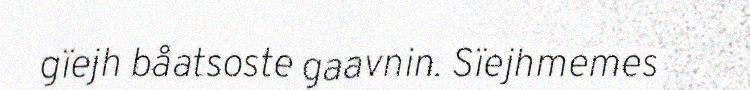
gïejh båatsoste gaavnin. Sïejhmemes